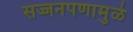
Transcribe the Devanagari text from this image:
सज्जनपणामुळे